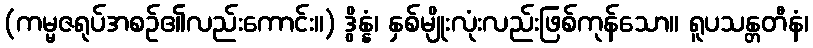
(ကမ္မဇရုပ်အစဉ်၏လည်းကောင်း။) ဒွိန္နံ၊ နှစ်မျိုးလုံးလည်းဖြစ်ကုန်သော။ ရူပသန္တတီနံ၊